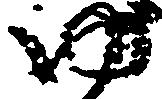
ゆ